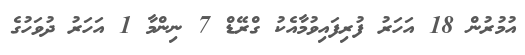
އުމުރުން 18 އަހަރު ފުރިފައިވުމާއެކު ގްރޭޑް 7 ނިންމާ 1 އަހަރު ދުވަހުގެ